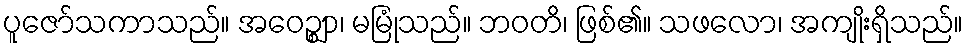
ပူဇော်သကာသည်။ အဝေဉ္ဈာ၊ မမြုံသည်။ ဘဝတိ၊ ဖြစ်၏။ သဖလော၊ အကျိုးရှိသည်။